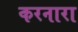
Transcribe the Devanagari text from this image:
करनारा